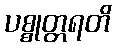
ပစ္စုတ္တရတိ